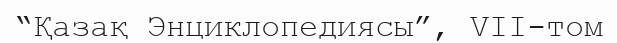
“Қазақ Энциклопедиясы”, VII-том